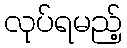
လုပ်ရမည့်